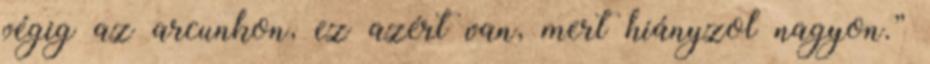
végig az arcunkon, ez azért van, mert hiányzol nagyon.”